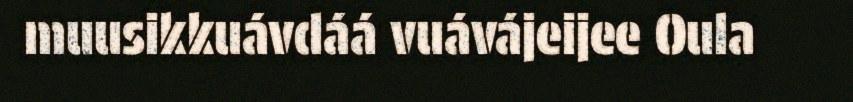
muusikkuávdáá vuávájeijee Oula